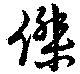
傑